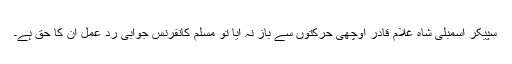
سپیکر اسمبلی شاہ غلام قادر اوچھی حرکتوں سے باز نہ آیا تو مسلم کانفرنس جوابی رد عمل ان کا حق ہے۔